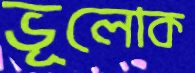
ভূলোক